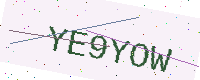
Text: YE9YOW